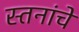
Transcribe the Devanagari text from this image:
स्तनांचे